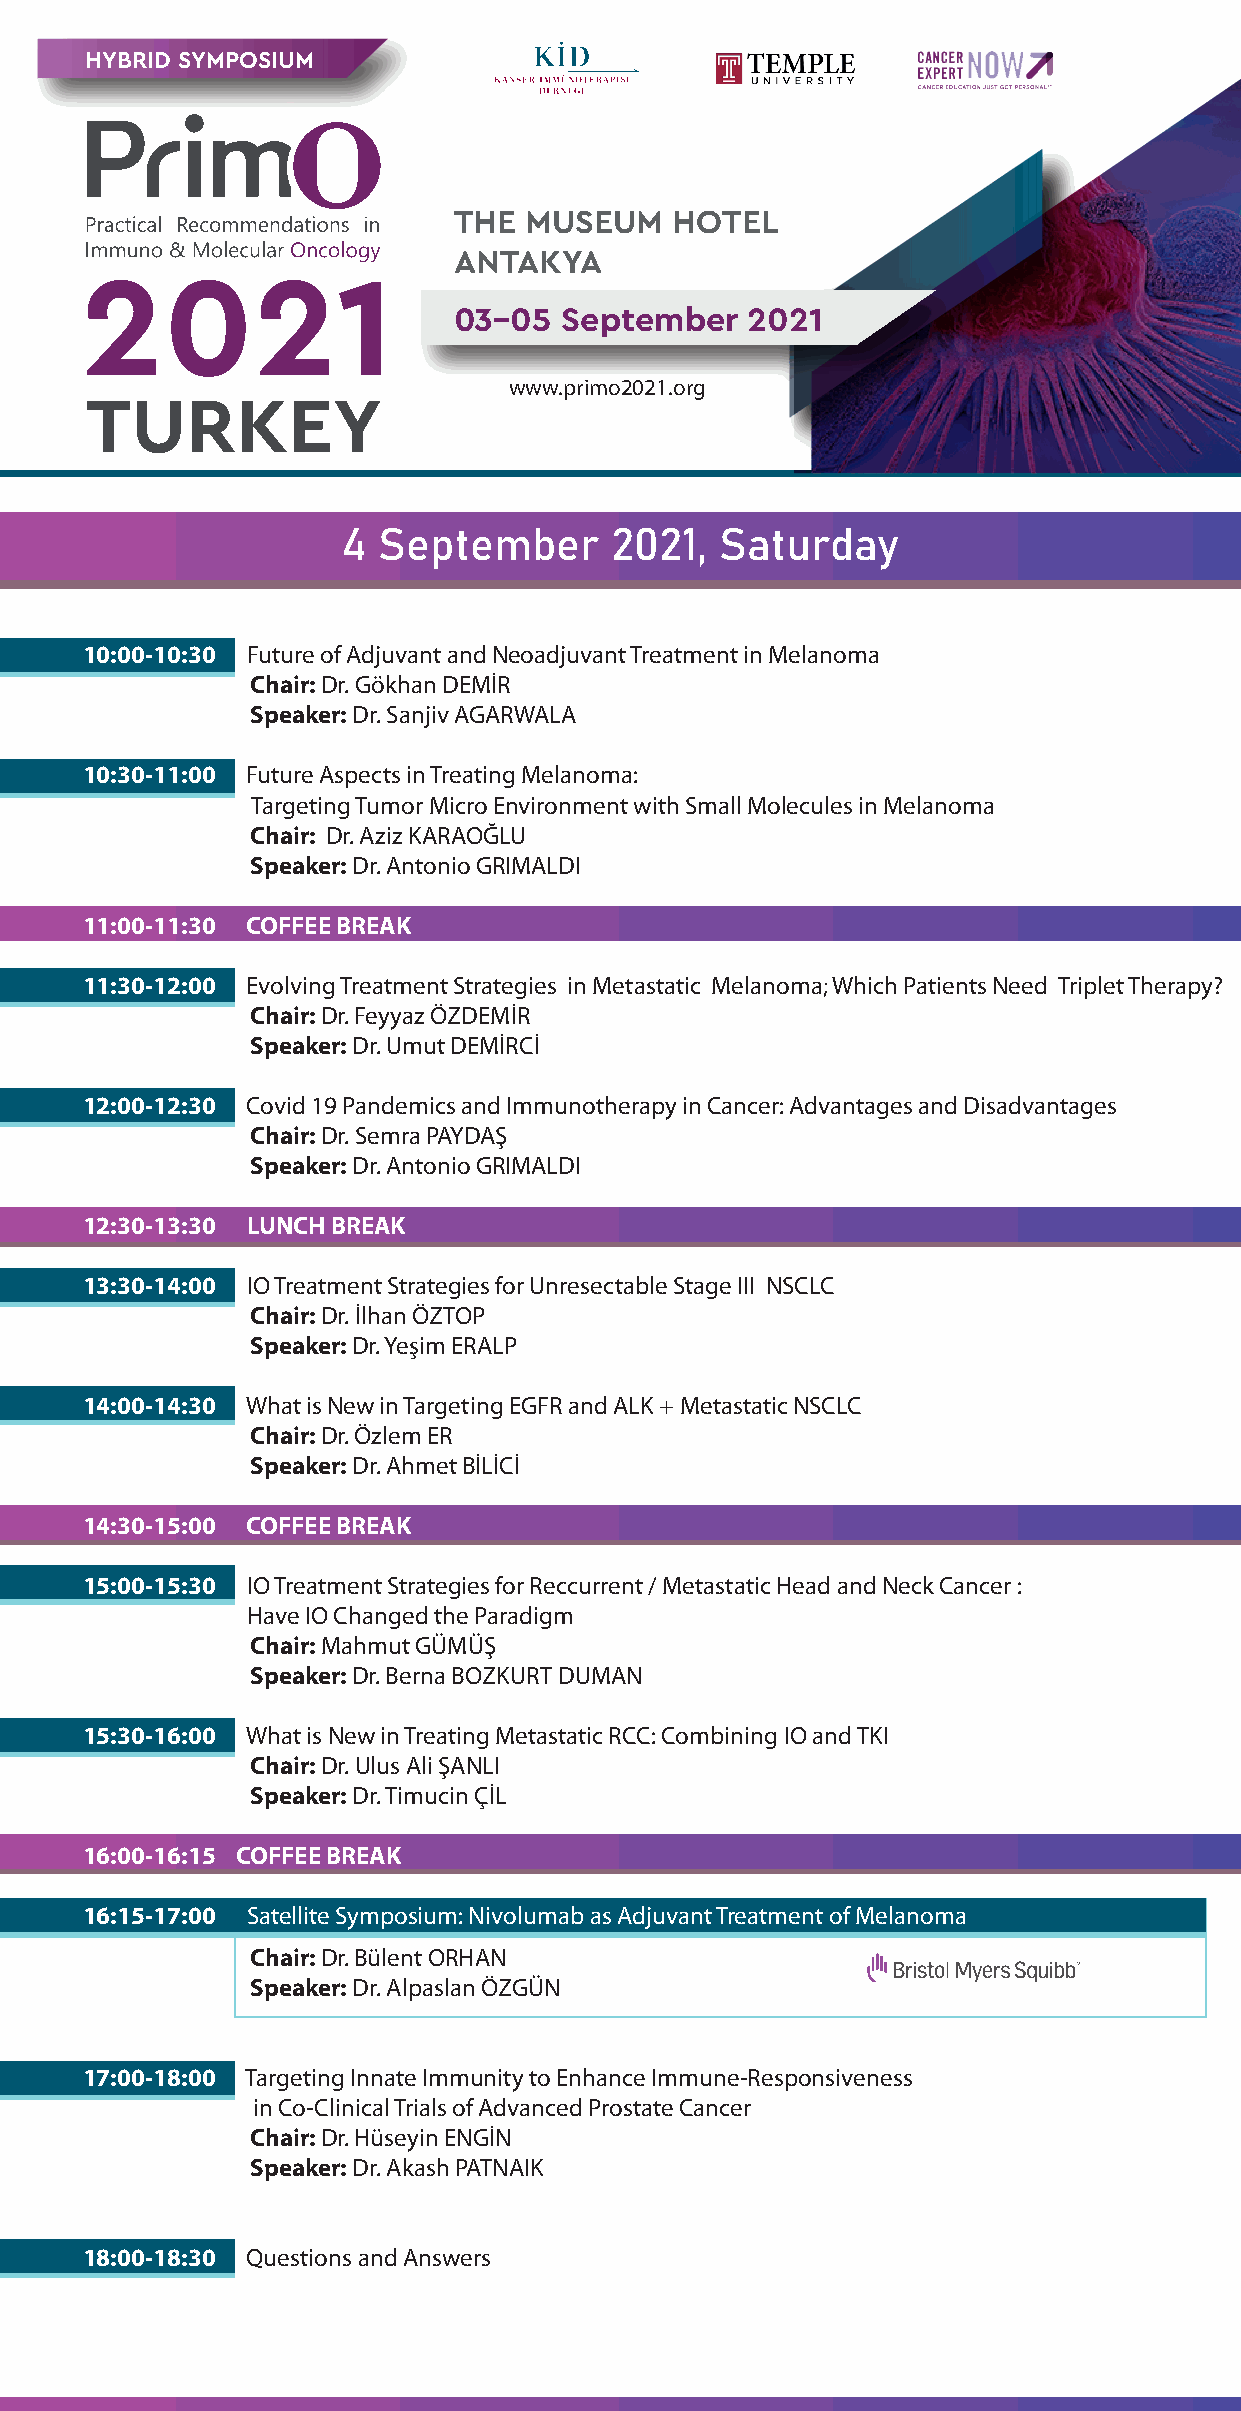
HYBRID SYMPOSIUM
 THE  MUSEUM    HOTEL
 ANTAKYA
 03–05  September   2021
 www.primo2021.org
 www.immunooncologyschool.org
 4 September      2021,   Saturday
 10:00-10:30 Future of Adjuvant and Neoadjuvant Treatment in Melanoma
 Chair: Dr. Gökhan DEMİR
 Speaker: Dr. Sanjiv AGARWALA
 10:30-11:00 Future Aspects in Treating Melanoma:
 Targeting Tumor Micro Environment with Small Molecules in Melanoma
 Chair: Dr. Aziz KARAOĞLU
 Speaker: Dr. Antonio GRIMALDI
 11:00-11:30 COFFEE BREAK
 11:30-12:00 Evolving Treatment Strategies in Metastatic Melanoma; Which Patients Need Triplet Therapy?
 Chair: Dr. Feyyaz ÖZDEMİR
 Speaker: Dr. Umut DEMİRCİ
 12:00-12:30 Covid 19 Pandemics and Immunotherapy in Cancer: Advantages and Disadvantages
 Chair: Dr. Semra PAYDAŞ
 Speaker: Dr. Antonio GRIMALDI
 12:30-13:30 LUNCH BREAK
 13:30-14:00 IO Treatment Strategies for Unresectable Stage III NSCLC
 Chair: Dr. İlhan ÖZTOP
 Speaker: Dr. Yeşim ERALP
 14:00-14:30 What is New in Targeting EGFR and ALK + Metastatic NSCLC
 Chair: Dr. Özlem ER
 Speaker: Dr. Ahmet BİLİCİ
 14:30-15:00 COFFEE BREAK
 15:00-15:30 IO Treatment Strategies for Reccurrent / Metastatic Head and Neck Cancer :
 Have IO Changed the Paradigm
 Chair: Mahmut GÜMÜŞ
 Speaker: Dr. Berna BOZKURT DUMAN
 15:30-16:00 What is New in Treating Metastatic RCC: Combining IO and TKI
 Chair: Dr. Ulus Ali ŞANLI
 Speaker: Dr. Timucin ÇİL
 16:00-16:15 COFFEE BREAK
 16:15-17:00 Satellite Symposium: Nivolumab as Adjuvant Treatment of Melanoma
 Chair: Dr. Bülent ORHAN
 Speaker: Dr. Alpaslan ÖZGÜN
 17:00-18:00 Targeting Innate Immunity to Enhance Immune-Responsiveness
 in Co-Clinical Trials of Advanced Prostate Cancer
 Chair: Dr. Hüseyin ENGİN
 Speaker: Dr. Akash PATNAIK
 18:00-18:30 Questions and Answers